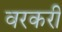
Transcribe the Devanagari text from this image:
वरकरी